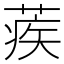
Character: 蒺